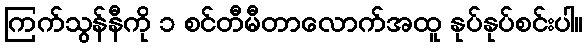
ကြက်သွန်နီကို ၁ စင်တီမီတာလောက်အထူ နုပ်နုပ်စင်းပါ။